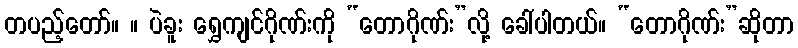
တပည့်တော်။ ။ ပဲခူး ရွှေကျင်ဂိုဏ်းကို “တောဂိုဏ်း”လို့ ခေါ်ပါတယ်။ “တောဂိုဏ်း”ဆိုတာ